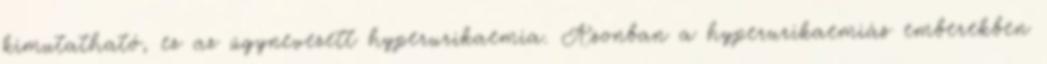
kimutatható, ez az úgynevezett hyperurikaemia. Azonban a hyperurikaemiás emberekben